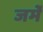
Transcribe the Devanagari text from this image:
जर्मे